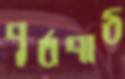
পূর্বপাঠ